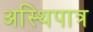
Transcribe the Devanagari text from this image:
अस्थिपात्र